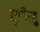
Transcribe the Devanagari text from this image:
सुनियतु